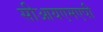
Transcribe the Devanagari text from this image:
सीआयएमएपी